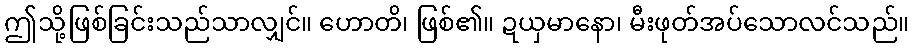
ဤသို့ဖြစ်ခြင်းသည်သာလျှင်။ ဟောတိ၊ ဖြစ်၏။ ဍယှမာနော၊ မီးဖုတ်အပ်သောလင်သည်။